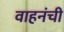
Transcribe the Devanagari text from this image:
वाहनंची